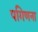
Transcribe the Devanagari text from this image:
पगिणना